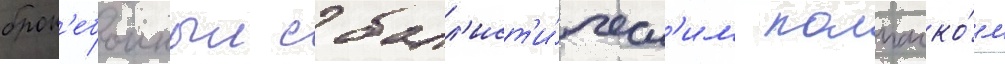
брон'ебоиныи с балл'ист'и́ческ'им колпачко́м